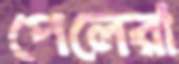
পেলেরা